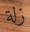
زلة